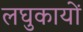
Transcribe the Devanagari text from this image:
लघुकायों